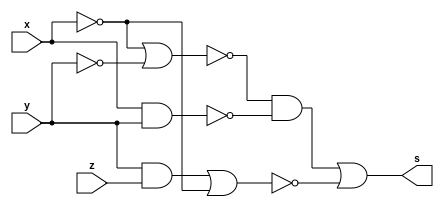
//Code by Felipe Augusto Morais Silva. 
//sera q da pra fazer um parser de expressao logica pra codigo em verilog? to pensando seriamenten nessa hipotese

module f5a ( output s,input x,input y, input z );
// // definir dado local
// wire not_y, not_z, and_1, and_2, or_final;
// // descrever por portas
// not NOT1 ( not_y, y );
// not NOT2 (not_z, z);
// and AND1 (and_1, not_y, x);
// and AND2 (and_2, not_z, x);
// or OR1 (or_final,and_1, and_2);
//aqui vai ser a versao nao otimizada do circuito
assign s =(~(~x | ~y) & ~(x & y)) | ( ~((y & z) | ~x));
endmodule // f5a

module f5b ( output s,input x,input y, input z );
// descrever por expressao
//aqui vai ser a versao otimizada
assign s = (x & ~y) | (x & ~z);
endmodule // f5b
module test_f5;
// ------------------------- definir dados
reg x;
reg y;
reg z;
wire a, b;
f5a moduloA ( a, x, y, z);
f5b moduloB ( b, x, y, z);
// ------------------------- parte principal
initial
begin : main
$display("Exemplo_0605 -Felipe Augusto Morais Silva - 748473");
$display("Test module");
// projetar testes do modulo
$display("   x    y    z =   r1   r2");
$monitor("%4b %4b %4b = %4b %4b", x, y, z, a, b);
#1 x=1'b0; y=1'b0; z=1'b0;
#1 x=1'b0; y=1'b0; z=1'b1;
#1 x=1'b0; y=1'b1; z=1'b0;
#1 x=1'b0; y=1'b1; z=1'b1;
#1 x=1'b1; y=1'b0; z=1'b0;
#1 x=1'b1; y=1'b0; z=1'b1;
#1 x=1'b1; y=1'b1; z=1'b0;
#1 x=1'b1; y=1'b1; z=1'b1;
end
endmodule // test_f5